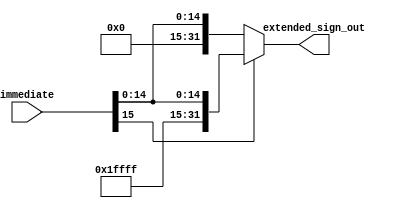
module SignExtend_module
(
	input [15:0]immediate,
	output [31:0]extended_sign_out
);
	localparam nbit=5'd16;


	assign extended_sign_out = (immediate[15]==1'b0)? {{nbit{1'b0}},immediate}: {{nbit{1'b1}},immediate} ;

endmodule